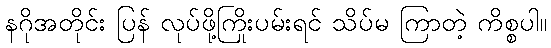
နဂိုအတိုင်း ပြန် လုပ်ဖို့ကြိုးပမ်းရင် သိပ်မ ကြာတဲ့ ကိစ္စပါ။